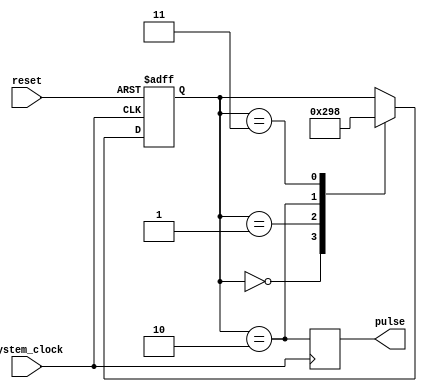
module Pulse_Generator (
    input system_clock,
    input reset,
    output reg pulse
);

reg [2:0] state;

always @(posedge system_clock or posedge reset) begin
    if (reset) begin
        state <= 3'b000;
    end else begin
        case (state)
            3'b000: state <= 3'b001;
            3'b001: state <= 3'b010;
            3'b010: state <= 3'b011;
            3'b011: state <= 3'b000;
        endcase
    end
end

always @(posedge system_clock) begin
    pulse <= (state == 3'b010);
end

endmodule